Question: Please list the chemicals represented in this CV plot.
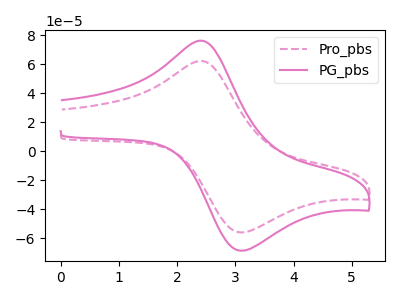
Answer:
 <answer>The pink dashed curve is labeled "Pro_pbs". The pink curve is labeled "PG_pbs".</answer>
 <eval></eval>